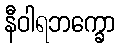
နီဝါရဘက္ခော